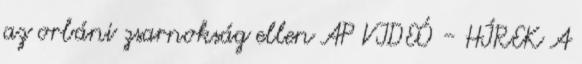
az orbáni zsarnokság ellen AP VIDEÓ - HÍREK A